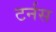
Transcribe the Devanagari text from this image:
टर्नस